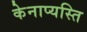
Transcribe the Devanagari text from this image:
केनाप्यस्ति